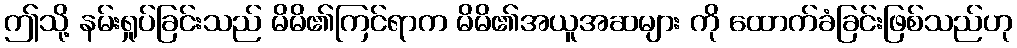
ဤသို့ နမ်းရှုပ်ခြင်းသည် မိမိ၏ကြင်ရာက မိမိ၏အယူအဆများ ကို ထောက်ခံခြင်းဖြစ်သည်ဟု